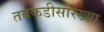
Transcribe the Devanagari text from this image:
तबकडीसारख्या